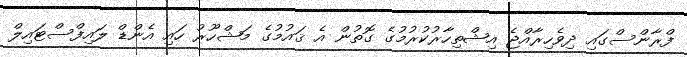
ފްރާންސްގައި ދިވެހިރާއްޖެ އިޝްތިހާރުކުރުމުގެ ގޮތުން އެ ޤައުމުގެ މަޝްހޫރު ހައި އެންޑް ލައިފްސްޓައިލް